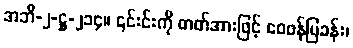
အဘိ-၂-ဋ္ဌ-၂၁၄။ ၎င်းင်းကို ဓာတ်အားဖြင့် ဝေဖန်ပြခန်း၊